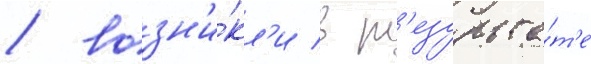
/ возн'и́кл'и в р'езульта́т'е